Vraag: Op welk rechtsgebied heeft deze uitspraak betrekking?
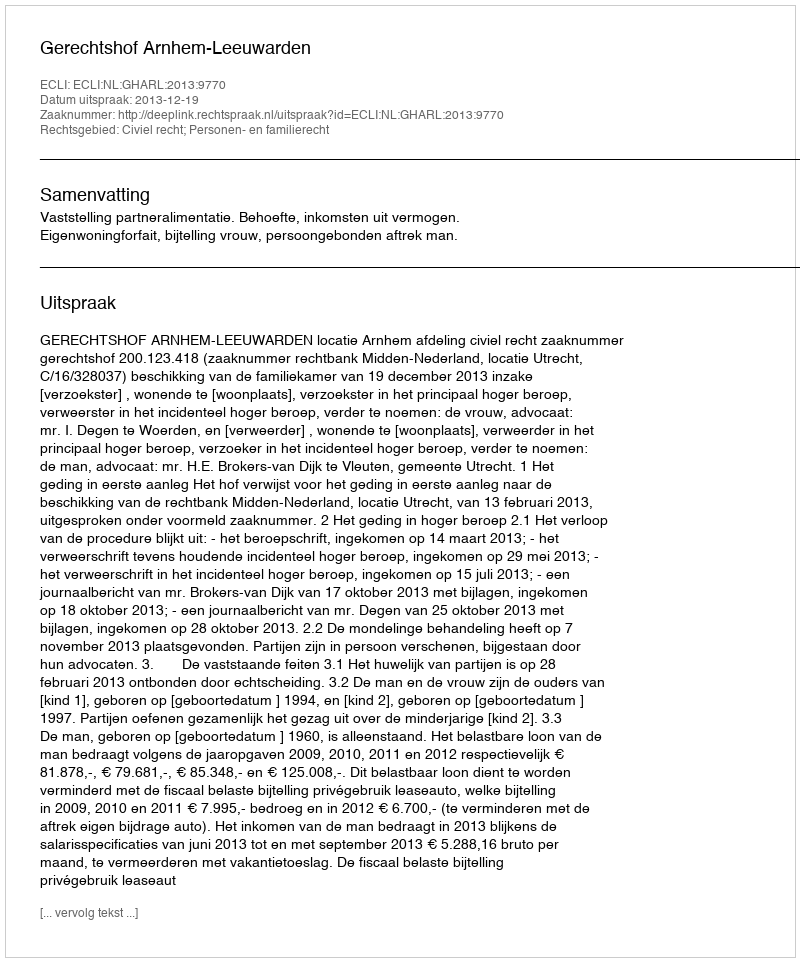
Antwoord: Civiel recht; Personen- en familierecht